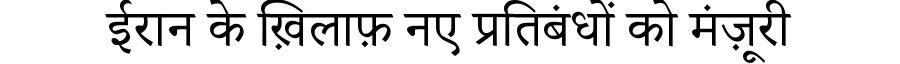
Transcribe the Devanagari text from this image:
ईरान के ख़िलाफ़ नए प्रतिबंधों को मंज़ूरी